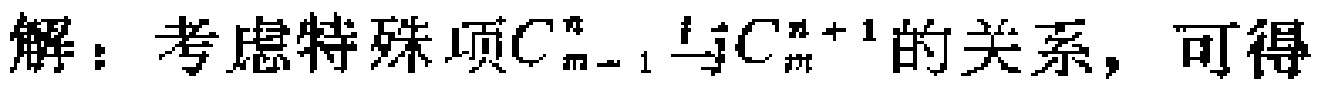
解：考虑特殊项\(C_{m - 1}^{n}\)与\(C_{m}^{n + 1}\)的关系，可得